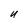
Character: U